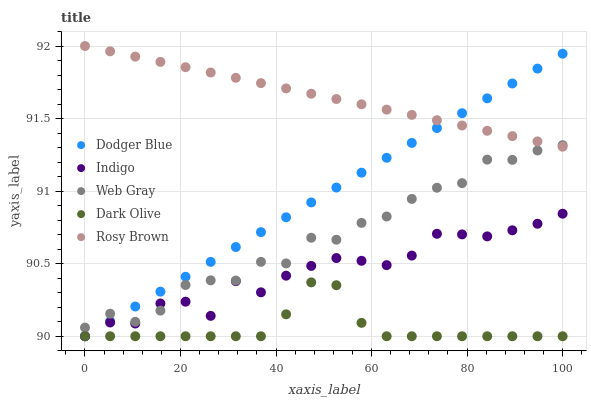
| xaxis_label | Dodger Blue | Indigo | Web Gray | Dark Olive | Rosy Brown |
 | --- | --- | --- | --- | --- | --- |
 | 0 | 90 | 90 | 90.1 | 90 | 92 |
 | 5.26 | 90.1 | 90.1 | 90.2 | 90 | 92 |
 | 10.5 | 90.2 | 90.1 | 90.1 | 90 | 91.9 |
 | 15.8 | 90.3 | 90.2 | 90.2 | 90 | 91.9 |
 | 21.1 | 90.4 | 90.2 | 90.4 | 90 | 91.9 |
 | 26.3 | 90.5 | 90.1 | 90.4 | 90 | 91.8 |
 | 31.6 | 90.6 | 90.4 | 90.4 | 90 | 91.8 |
 | 36.8 | 90.7 | 90.3 | 90.5 | 90 | 91.7 |
 | 42.1 | 90.8 | 90.4 | 90.5 | 90.2 | 91.7 |
 | 47.4 | 90.9 | 90.5 | 90.7 | 90.4 | 91.7 |
 | 52.6 | 91 | 90.5 | 90.7 | 90.4 | 91.6 |
 | 57.9 | 91.1 | 90.5 | 90.8 | 90.1 | 91.6 |
 | 63.2 | 91.2 | 90.5 | 90.8 | 90 | 91.6 |
 | 68.4 | 91.3 | 90.6 | 90.9 | 90 | 91.5 |
 | 73.7 | 91.4 | 90.7 | 91 | 90 | 91.5 |
 | 78.9 | 91.5 | 90.7 | 91.1 | 90 | 91.5 |
 | 84.2 | 91.6 | 90.7 | 91.2 | 90 | 91.4 |
 | 89.5 | 91.7 | 90.7 | 91.2 | 90 | 91.4 |
 | 94.7 | 91.8 | 90.8 | 91.3 | 90 | 91.3 |
 | 100 | 91.9 | 90.8 | 91.3 | 90 | 91.3 |